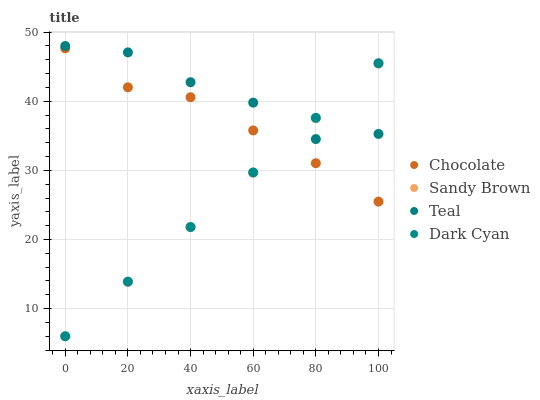
| xaxis_label | Chocolate | Sandy Brown | Teal | Dark Cyan |
 | --- | --- | --- | --- | --- |
 | 0 | 47.6 | 6 | 48 | 6 |
 | 20 | 42 | 13.9 | 47.1 | 13.9 |
 | 40 | 40.6 | 21.8 | 42.8 | 21.8 |
 | 60 | 35.8 | 29.7 | 39.8 | 29.7 |
 | 80 | 31 | 37.5 | 34.5 | 37.6 |
 | 100 | 25.5 | 45.4 | 35.3 | 45.5 |